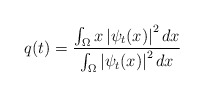
\begin{align*}q(t)=\frac{\int \nolimits_{\Omega }x\left \vert \psi _{t}(x)\right \vert^{2}dx}{\int \nolimits_{\Omega }\left \vert \psi _{t}(x)\right \vert ^{2}dx} \end{align*}